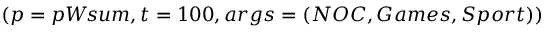
( p = p W \! s u m , t = 1 0 0 , a r g s = ( N O C , G a m e s , S p o r t ) )